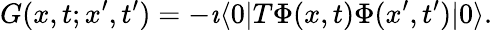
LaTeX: G(x,t;x^{\prime},t^{\prime})=-\imath\langle 0|T\Phi(x,t)\Phi(x^{\prime},t^{\prime})|0\rangle.